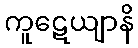
ကူဋေယျာနိ